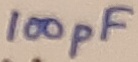
Text: 100pF